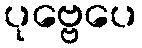
ပုဗ္ဗေပေ